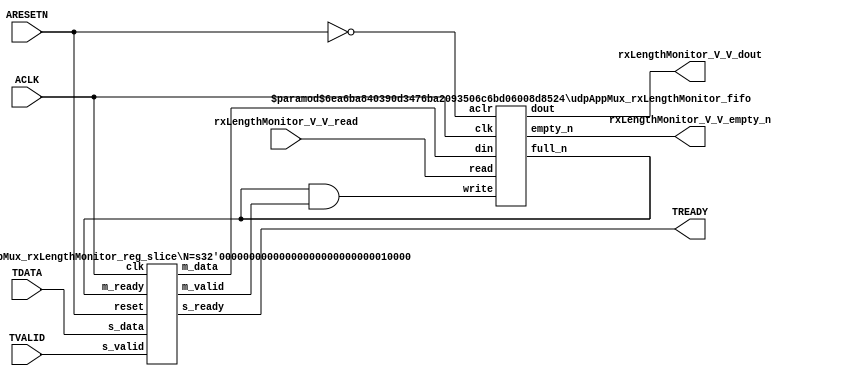
// ==============================================================
// File generated by Vivado(TM) HLS - High-Level Synthesis from C, C++ and SystemC
// Version: 2016.3
// Copyright (C) 1986-2016 Xilinx, Inc. All Rights Reserved.
// 
// ==============================================================


`timescale 1ns/1ps

module udpAppMux_rxLengthMonitor_if (
    // AXI4-Stream singals
    input  wire        ACLK,
    input  wire        ARESETN,
    input  wire        TVALID,
    output wire        TREADY,
    input  wire [15:0] TDATA,
    // User signals
    output wire [15:0] rxLengthMonitor_V_V_dout,
    output wire        rxLengthMonitor_V_V_empty_n,
    input  wire        rxLengthMonitor_V_V_read
);
//------------------------Local signal-------------------
// FIFO
wire [0:0]  fifo_write;
wire [0:0]  fifo_full_n;
wire [15:0] rxLengthMonitor_V_V_din;
wire [0:0]  rxLengthMonitor_V_V_full_n;
// register slice
wire [0:0]  s_valid;
wire [0:0]  s_ready;
wire [15:0] s_data;
wire [0:0]  m_valid;
wire [0:0]  m_ready;
wire [15:0] m_data;

//------------------------Instantiation------------------
// rs
udpAppMux_rxLengthMonitor_reg_slice #(
    .N       ( 16 )
) rs (
    .clk     ( ACLK ),
    .reset   ( ARESETN ),
    .s_data  ( s_data ),
    .s_valid ( s_valid ),
    .s_ready ( s_ready ),
    .m_data  ( m_data ),
    .m_valid ( m_valid ),
    .m_ready ( m_ready )
);

// rxLengthMonitor_V_V_fifo
udpAppMux_rxLengthMonitor_fifo #(
    .DATA_BITS  ( 16 ),
    .DEPTH_BITS ( 4 )
) rxLengthMonitor_V_V_fifo (
    .clk        ( ACLK ),
    .aclr       ( ~ARESETN ),
    .empty_n    ( rxLengthMonitor_V_V_empty_n ),
    .full_n     ( rxLengthMonitor_V_V_full_n ),
    .read       ( rxLengthMonitor_V_V_read ),
    .write      ( fifo_write ),
    .dout       ( rxLengthMonitor_V_V_dout ),
    .din        ( rxLengthMonitor_V_V_din )
);

//------------------------Body---------------------------
//++++++++++++++++++++++++AXI4-Stream++++++++++++++++++++
assign TREADY = s_ready;

//+++++++++++++++++++++++++++++++++++++++++++++++++++++++

//++++++++++++++++++++++++Reigister Slice++++++++++++++++
assign s_valid = TVALID;
assign m_ready = fifo_full_n;
assign s_data  = {TDATA[15:0]};

//+++++++++++++++++++++++++++++++++++++++++++++++++++++++

//++++++++++++++++++++++++FIFO+++++++++++++++++++++++++++
assign fifo_write              = fifo_full_n & m_valid;
assign rxLengthMonitor_V_V_din = m_data[15:0];
assign fifo_full_n             = rxLengthMonitor_V_V_full_n;

//+++++++++++++++++++++++++++++++++++++++++++++++++++++++

endmodule



`timescale 1ns/1ps

module udpAppMux_rxLengthMonitor_fifo
#(parameter
    DATA_BITS  = 8,
    DEPTH_BITS = 4
)(
    input  wire                 clk,
    input  wire                 aclr,
    output wire                 empty_n,
    output wire                 full_n,
    input  wire                 read,
    input  wire                 write,
    output wire [DATA_BITS-1:0] dout,
    input  wire [DATA_BITS-1:0] din
);
//------------------------Parameter----------------------
localparam
    DEPTH = 1 << DEPTH_BITS;
//------------------------Local signal-------------------
reg                   empty;
reg                   full;
reg  [DEPTH_BITS-1:0] index;
reg  [DATA_BITS-1:0]  mem[0:DEPTH-1];
//------------------------Body---------------------------
assign empty_n = ~empty;
assign full_n  = ~full;
assign dout    = mem[index];

// empty
always @(posedge clk or posedge aclr) begin
    if (aclr)
        empty <= 1'b1;
    else if (empty & write & ~read)
        empty <= 1'b0;
    else if (~empty & ~write & read & (index==1'b0))
        empty <= 1'b1;
end

// full
always @(posedge clk or posedge aclr) begin
    if (aclr)
        full <= 1'b0;
    else if (full & read & ~write)
        full <= 1'b0;
    else if (~full & ~read & write & (index==DEPTH-2'd2))
        full <= 1'b1;
end

// index
always @(posedge clk or posedge aclr) begin
    if (aclr)
        index <= {DEPTH_BITS{1'b1}};
    else if (~empty & ~write & read)
        index <= index - 1'b1;
    else if (~full & ~read & write)
        index <= index + 1'b1;
end

// mem
always @(posedge clk) begin
    if (~full & write) mem[0] <= din;
end

genvar i;
generate
    for (i = 1; i < DEPTH; i = i + 1) begin : gen_sr
        always @(posedge clk) begin
            if (~full & write) mem[i] <= mem[i-1];
        end
    end
endgenerate

endmodule

`timescale 1ns/1ps

module udpAppMux_rxLengthMonitor_reg_slice
#(parameter
    N = 8   // data width
) (
    // system signals
    input  wire         clk,
    input  wire         reset,
    // slave side
    input  wire [N-1:0] s_data,
    input  wire         s_valid,
    output wire         s_ready,
    // master side
    output wire [N-1:0] m_data,
    output wire         m_valid,
    input  wire         m_ready
);
//------------------------Parameter----------------------
// state
localparam [1:0]
    ZERO = 2'b10,
    ONE  = 2'b11,
    TWO  = 2'b01;
//------------------------Local signal-------------------
reg  [N-1:0] data_p1;
reg  [N-1:0] data_p2;
wire         load_p1;
wire         load_p2;
wire         load_p1_from_p2;
reg          s_ready_t;
reg  [1:0]   state;
reg  [1:0]   next;
//------------------------Body---------------------------
assign s_ready = s_ready_t;
assign m_data  = data_p1;
assign m_valid = state[0];

assign load_p1 = (state == ZERO && s_valid) ||
                 (state == ONE && s_valid && m_ready) ||
                 (state == TWO && m_ready);
assign load_p2 = s_valid & s_ready;
assign load_p1_from_p2 = (state == TWO);

// data_p1
always @(posedge clk) begin
    if (load_p1) begin
        if (load_p1_from_p2)
            data_p1 <= data_p2;
        else
            data_p1 <= s_data;
    end
end

// data_p2
always @(posedge clk) begin
    if (load_p2) data_p2 <= s_data;
end

// s_ready_t
always @(posedge clk) begin
    if (~reset)
        s_ready_t <= 1'b0;
    else if (state == ZERO)
        s_ready_t <= 1'b1;
    else if (state == ONE && next == TWO)
        s_ready_t <= 1'b0;
    else if (state == TWO && next == ONE)
        s_ready_t <= 1'b1;
end

// state
always @(posedge clk) begin
    if (~reset)
        state <= ZERO;
    else
        state <= next;
end

// next
always @(*) begin
    case (state)
        ZERO:
            if (s_valid & s_ready)
                next = ONE;
            else
                next = ZERO;
        ONE:
            if (~s_valid & m_ready)
                next = ZERO;
            else if (s_valid & ~m_ready)
                next = TWO;
            else
                next = ONE;
        TWO:
            if (m_ready)
                next = ONE;
            else
                next = TWO;
        default:
            next = ZERO;
    endcase
end

endmodule